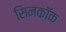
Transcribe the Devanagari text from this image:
सिनकॉक